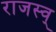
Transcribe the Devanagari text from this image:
राजस्व्